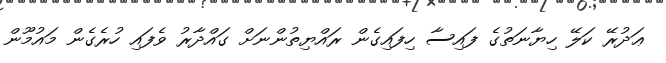
ޢަދުރޭ ކަލޭ ހިޔާނަތުގެ ފައިސާ ހިފައިގެން ރައްޔިތުންނަށް ގައްދާރު ވެފައި ހުރެގެން މައުމޫން